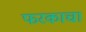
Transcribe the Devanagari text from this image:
फरकाचा